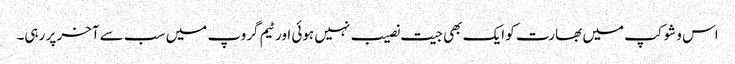
اس وشوکپ میں بھارت کو ایک بھی جیت نصیب نہیں ہوئی اور ٹیم گروپ میں سب سے آخر پر رہی۔